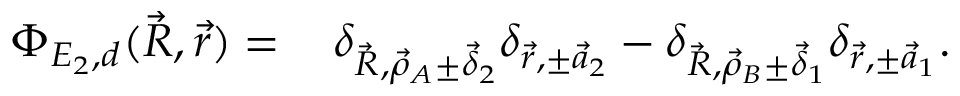
\begin{array} { r l } { \Phi _ { E _ { 2 } , d } ( \vec { R } , \vec { r } ) = \, } & { \delta _ { \vec { R } , \vec { \rho } _ { A } \pm \vec { \delta } _ { 2 } } \delta _ { \vec { r } , \pm \vec { a } _ { 2 } } - \delta _ { \vec { R } , \vec { \rho } _ { B } \pm \vec { \delta } _ { 1 } } \delta _ { \vec { r } , \pm \vec { a } _ { 1 } } . } \end{array}